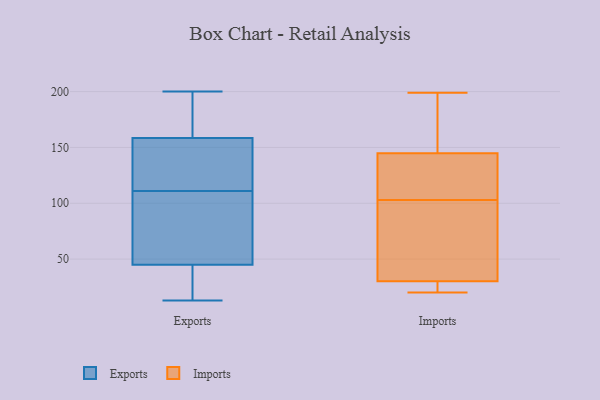
{"axis": {"x": "Headcount", "y": "Value"}, "legend": ["Exports", "Imports"], "data": [{"x": "", "y": 107, "type": "Exports"}, {"x": "", "y": 158, "type": "Exports"}, {"x": "", "y": 16, "type": "Exports"}, {"x": "", "y": 159, "type": "Exports"}, {"x": "", "y": 149, "type": "Exports"}, {"x": "", "y": 166, "type": "Exports"}, {"x": "", "y": 15, "type": "Exports"}, {"x": "", "y": 166, "type": "Exports"}, {"x": "", "y": 200, "type": "Exports"}, {"x": "", "y": 56, "type": "Exports"}, {"x": "", "y": 96, "type": "Exports"}, {"x": "", "y": 34, "type": "Exports"}, {"x": "", "y": 151, "type": "Exports"}, {"x": "", "y": 115, "type": "Exports"}, {"x": "", "y": 78, "type": "Exports"}, {"x": "", "y": 16, "type": "Exports"}, {"x": "", "y": 13, "type": "Exports"}, {"x": "", "y": 147, "type": "Exports"}, {"x": "", "y": 71, "type": "Exports"}, {"x": "", "y": 183, "type": "Exports"}, {"x": "", "y": 199, "type": "Imports"}, {"x": "", "y": 37, "type": "Imports"}, {"x": "", "y": 72, "type": "Imports"}, {"x": "", "y": 151, "type": "Imports"}, {"x": "", "y": 22, "type": "Imports"}, {"x": "", "y": 103, "type": "Imports"}, {"x": "", "y": 28, "type": "Imports"}, {"x": "", "y": 126, "type": "Imports"}, {"x": "", "y": 111, "type": "Imports"}, {"x": "", "y": 181, "type": "Imports"}, {"x": "", "y": 20, "type": "Imports"}]}